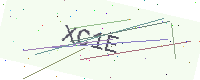
Text: XC1E